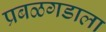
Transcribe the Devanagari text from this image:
प्रबळगडाला